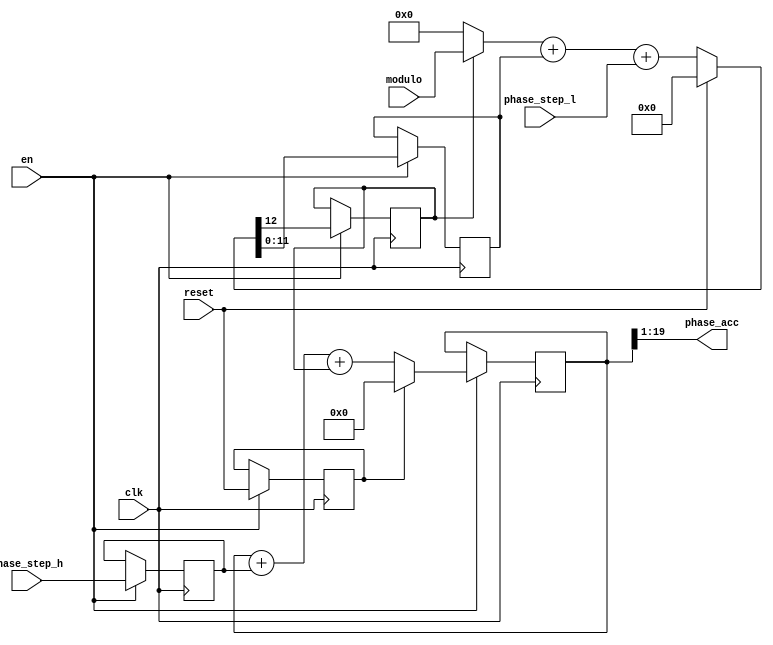
`timescale 1ns / 1ns
module ph_acc(
	input clk,  // Rising edge clock input; all logic is synchronous in this domain
	input reset,  // Active high, synchronous with clk
	input en,   // Enable
	output [18:0] phase_acc,  // Output phase word
	input [19:0] phase_step_h,  // High order (coarse, binary) phase step
	input [11:0] phase_step_l,  // Low order (fine, possibly non-binary) phase step
	input [11:0] modulo  // Encoding of non-binary modulus; 0 means binary
);

reg carry=0, reset1=0;
reg [19:0] phase_h=0, phase_step_hp=0;
reg [11:0] phase_l=0;
always @(posedge clk) if (en) begin
	{carry, phase_l} <= reset ? 13'b0 : ((carry ? modulo : 12'b0) + phase_l + phase_step_l);
	phase_step_hp <= phase_step_h;
	reset1 <= reset;
	phase_h <= reset1 ? 20'b0 : (phase_h + phase_step_hp + carry);
end
assign phase_acc=phase_h[19:1];

endmodule